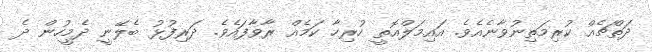
ދަތްޗެއް ކުރިމަތިނުވާނެއެވެ. އައިމަލްއޮތީ ހުރިހާ ކަމެއް ރާވާފައެވެ. ދަރިފުޅު ބެލޭނީ ދެމީހުން ދެ